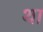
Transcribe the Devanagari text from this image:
था